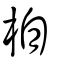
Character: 欛